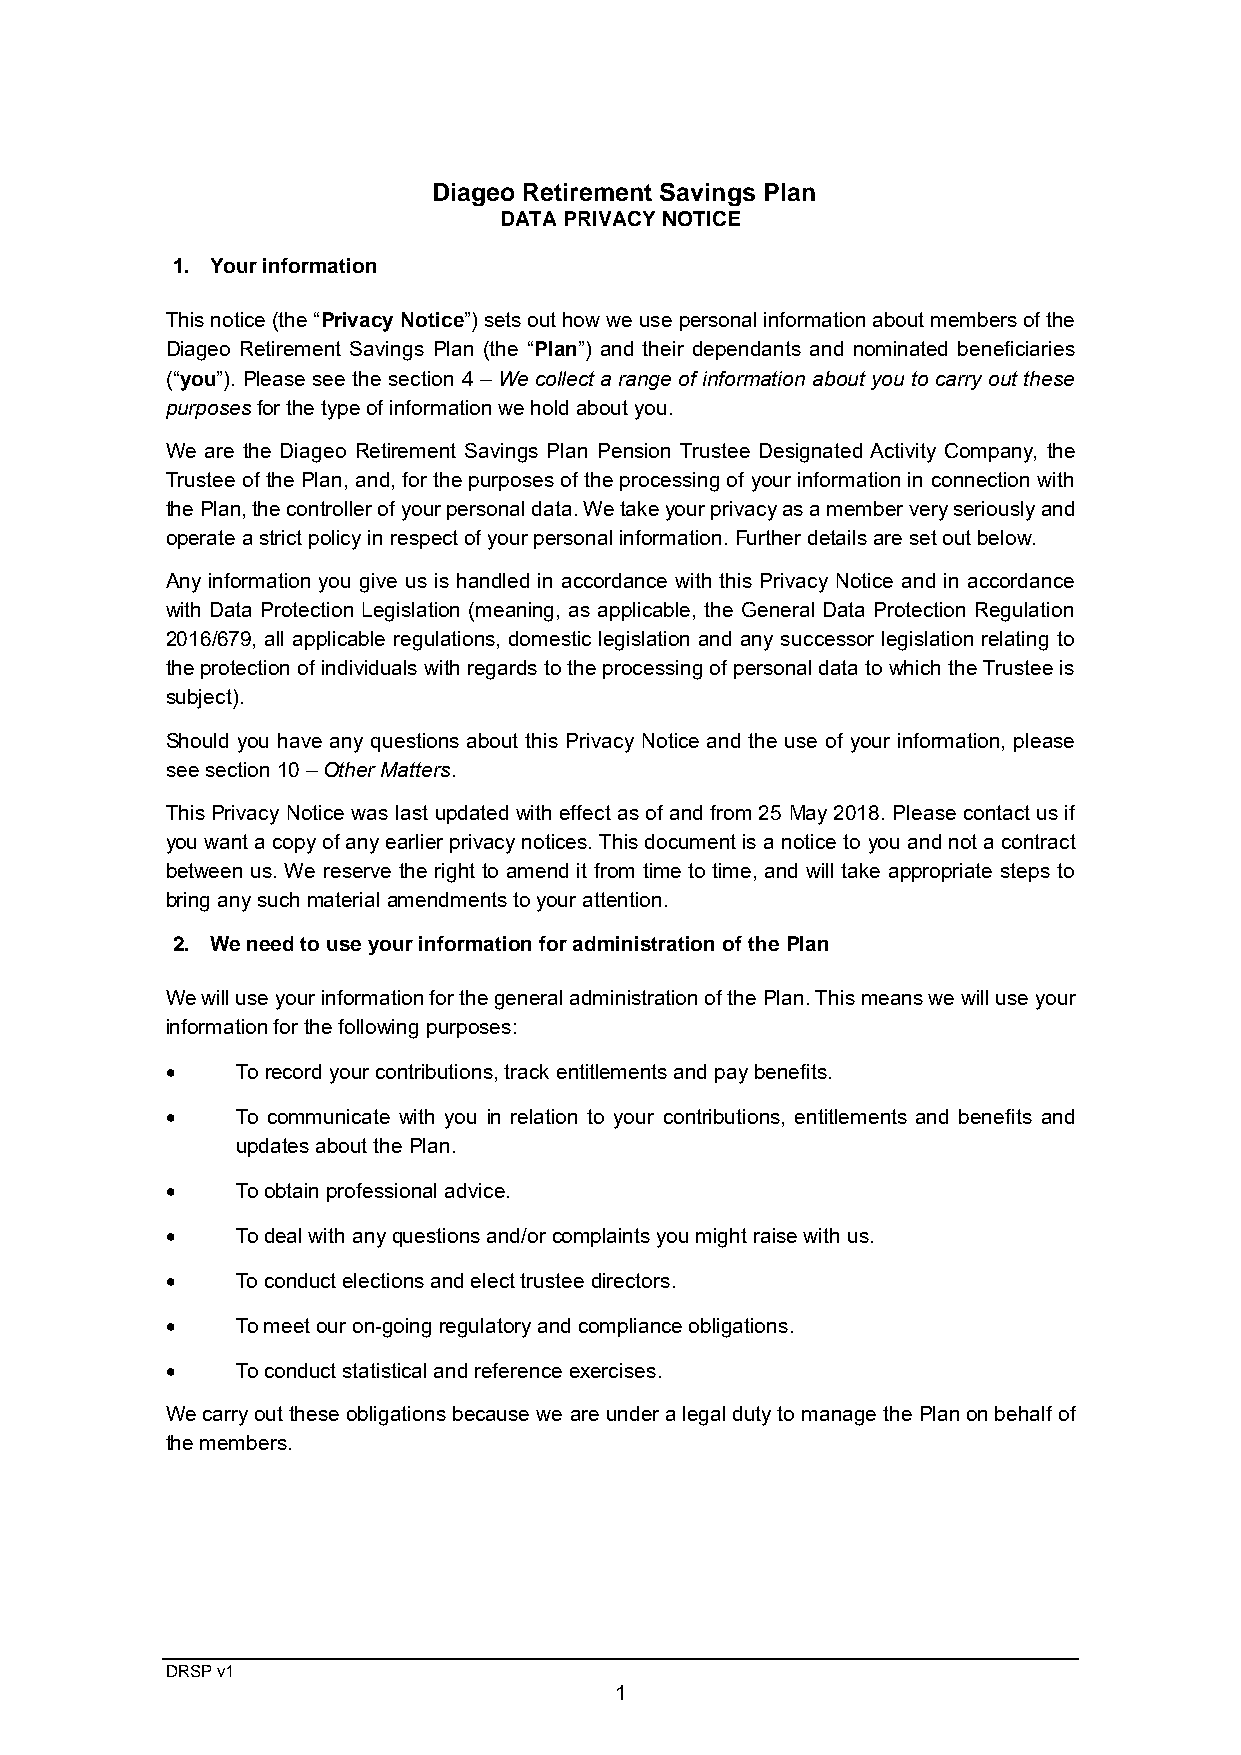
Diageo Retirement Savings Plan
 DATA PRIVACY NOTICE
 1. Your information
 This notice (the “Privacy Notice”) sets out how we use personal information about members of the
 Diageo Retirement Savings Plan (the “Plan”) and their dependants and nominated beneficiaries
 (“you”). Please see the section 4 – We collect a range of information about you to carry out these
 purposes for the type of information we hold about you.
 We are the Diageo Retirement Savings Plan Pension Trustee Designated Activity Company, the
 Trustee of the Plan, and, for the purposes of the processing of your information in connection with
 the Plan, the controller of your personal data. We take your privacy as a member very seriously and
 operate a strict policy in respect of your personal information. Further details are set out below.
 Any information you give us is handled in accordance with this Privacy Notice and in accordance
 with Data Protection Legislation (meaning, as applicable, the General Data Protection Regulation
 2016/679, all applicable regulations, domestic legislation and any successor legislation relating to
 the protection of individuals with regards to the processing of personal data to which the Trustee is
 subject).
 Should you have any questions about this Privacy Notice and the use of your information, please
 see section 10 – Other Matters.
 This Privacy Notice was last updated with effect as of and from 25 May 2018. Please contact us if
 you want a copy of any earlier privacy notices. This document is a notice to you and not a contract
 between us. We reserve the right to amend it from time to time, and will take appropriate steps to
 bring any such material amendments to your attention.
 2. We need to use your information for administration of the Plan
 We will use your information for the general administration of the Plan. This means we will use your
 information for the following purposes:
 •    To record your contributions, track entitlements and pay benefits.
 •    To communicate with you in relation to your contributions, entitlements and benefits and
 updates about the Plan.
 •    To obtain professional advice.
 •    To deal with any questions and/or complaints you might raise with us.
 •    To conduct elections and elect trustee directors.
 •    To meet our on-going regulatory and compliance obligations.
 •    To conduct statistical and reference exercises.
 We carry out these obligations because we are under a legal duty to manage the Plan on behalf of
 the members.
 DRSP v1
 1